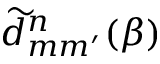
\widetilde { d } _ { m m ^ { \prime } } ^ { n } ( \beta )